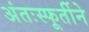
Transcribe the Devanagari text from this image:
अंतःस्फूर्तीने